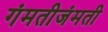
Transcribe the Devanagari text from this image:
गंमतीजंमती